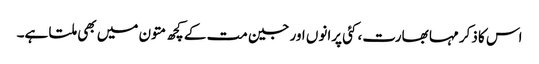
اس کا ذکر مہا بھارت، کئی پرانوں اور جین مت کے کچھ متون میں بھی ملتا ہے۔